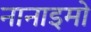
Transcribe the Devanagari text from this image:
नानाइमो